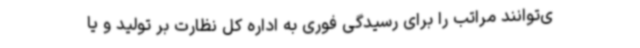
ی‌توانند مراتب را برای رسیدگی فوری به اداره کل نظارت بر تولید و یا